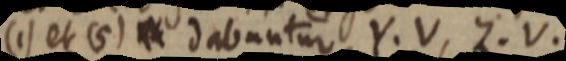
(1) et (5) dabuntur Y. V, Z. V.